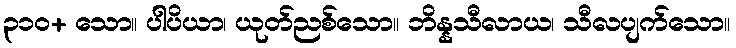
၃၁၀+ သော။ ပါပိယာ၊ ယုတ်ညစ်သော။ ဘိန္နသီလာယ၊ သီလပျက်သော။